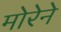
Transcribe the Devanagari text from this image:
मोरेने